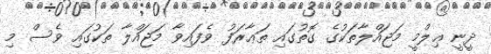
ދީނީ ޢިލްމީ މަޖައްލާތަކުގެ ގޮތުގައި ތަޢާރަފު ވެފައިވާ މަޖައްލާ ތަކުގައި ވެސް މި